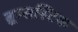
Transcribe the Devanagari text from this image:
ब्रूम्सस्टिक